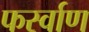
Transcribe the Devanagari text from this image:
फर्स्वाण